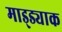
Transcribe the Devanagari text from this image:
माड्ड्याक